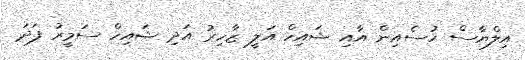
އިލްޔާސް ހުސެއިން އާއި ޝައިހް އަލީ ޒާހިރު އަދި ޝައިހް ސަމީރު ފަދަ